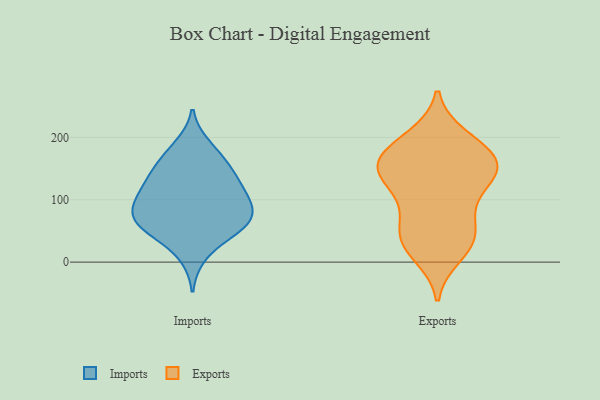
{"axis": {"x": "Page Views", "y": "Value"}, "legend": ["Exports", "Imports"], "data": [{"x": "", "y": 96, "type": "Imports"}, {"x": "", "y": 83, "type": "Imports"}, {"x": "", "y": 122, "type": "Imports"}, {"x": "", "y": 115, "type": "Imports"}, {"x": "", "y": 141, "type": "Imports"}, {"x": "", "y": 47, "type": "Imports"}, {"x": "", "y": 58, "type": "Imports"}, {"x": "", "y": 61, "type": "Imports"}, {"x": "", "y": 145, "type": "Imports"}, {"x": "", "y": 51, "type": "Imports"}, {"x": "", "y": 106, "type": "Imports"}, {"x": "", "y": 10, "type": "Imports"}, {"x": "", "y": 65, "type": "Imports"}, {"x": "", "y": 93, "type": "Imports"}, {"x": "", "y": 174, "type": "Imports"}, {"x": "", "y": 76, "type": "Imports"}, {"x": "", "y": 187, "type": "Imports"}, {"x": "", "y": 153, "type": "Imports"}, {"x": "", "y": 105, "type": "Exports"}, {"x": "", "y": 104, "type": "Exports"}, {"x": "", "y": 147, "type": "Exports"}, {"x": "", "y": 36, "type": "Exports"}, {"x": "", "y": 146, "type": "Exports"}, {"x": "", "y": 42, "type": "Exports"}, {"x": "", "y": 142, "type": "Exports"}, {"x": "", "y": 180, "type": "Exports"}, {"x": "", "y": 48, "type": "Exports"}, {"x": "", "y": 158, "type": "Exports"}, {"x": "", "y": 25, "type": "Exports"}, {"x": "", "y": 200, "type": "Exports"}, {"x": "", "y": 69, "type": "Exports"}, {"x": "", "y": 196, "type": "Exports"}, {"x": "", "y": 12, "type": "Exports"}, {"x": "", "y": 166, "type": "Exports"}, {"x": "", "y": 144, "type": "Exports"}, {"x": "", "y": 157, "type": "Exports"}]}